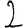
Digit: 2